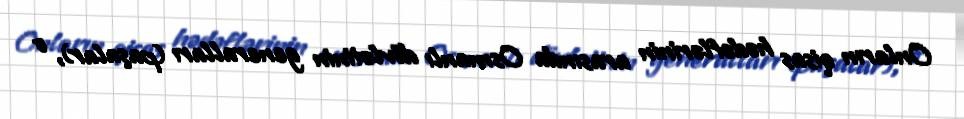
Onların qisas hədəflərinin arasında Osmanlı dövlətinin generalları (paşalar), o